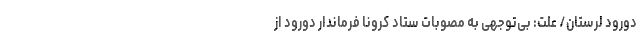
دورود لرستان/ علت: بی‌توجهی به مصوبات ستاد کرونا فرماندار دورود از